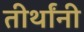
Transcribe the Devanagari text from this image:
तीर्थांनी